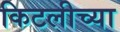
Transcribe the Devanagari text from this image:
किटलीच्या